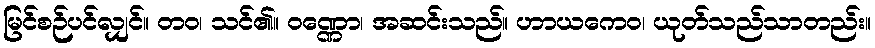
မြင်စဉ်ပင်လျှင်။ တဝ၊ သင်၏။ ဝဏ္ဏော၊ အဆင်းသည်။ ဟာယကေဝ၊ ယုတ်သည်သာတည်း။